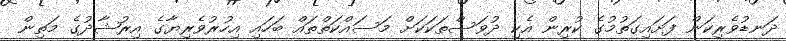
ދަނޑުވެރިކަން ފަށައިގަތުމުގެ ކުރިން އެކި ދުވަސްތަކަކަށް މަސައްކަތްތައް ބަހައި އިހުރުވެރިޔާގެ އިރުޝާދުގެ މަތިން